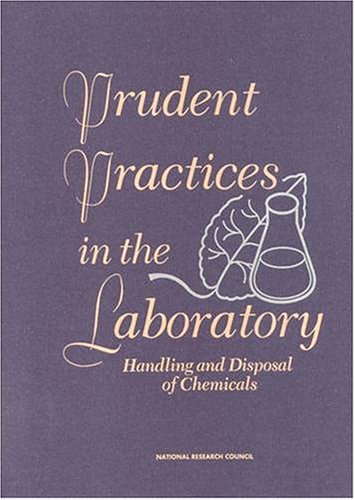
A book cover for Prudent Practices in the Laboratory: Handling and Disposing  of Chemicals; National Research Council; Science & Math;